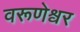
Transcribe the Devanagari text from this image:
वरूणेश्वर